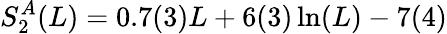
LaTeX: S_{2}^{A}(L)=0.7(3)L+6(3)\ln(L)-7(4)